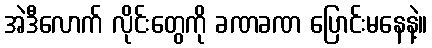
အဲဒီလောက် လိုင်းတွေကို ခဏခဏ ပြောင်းမနေနဲ့။